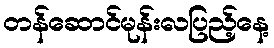
တန်ဆောင်မုန်းလပြည့်နေ့